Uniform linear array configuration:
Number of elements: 64
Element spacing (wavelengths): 1
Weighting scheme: hamming
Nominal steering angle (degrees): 0
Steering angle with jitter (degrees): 0.845
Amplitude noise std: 0.05
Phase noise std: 0.05

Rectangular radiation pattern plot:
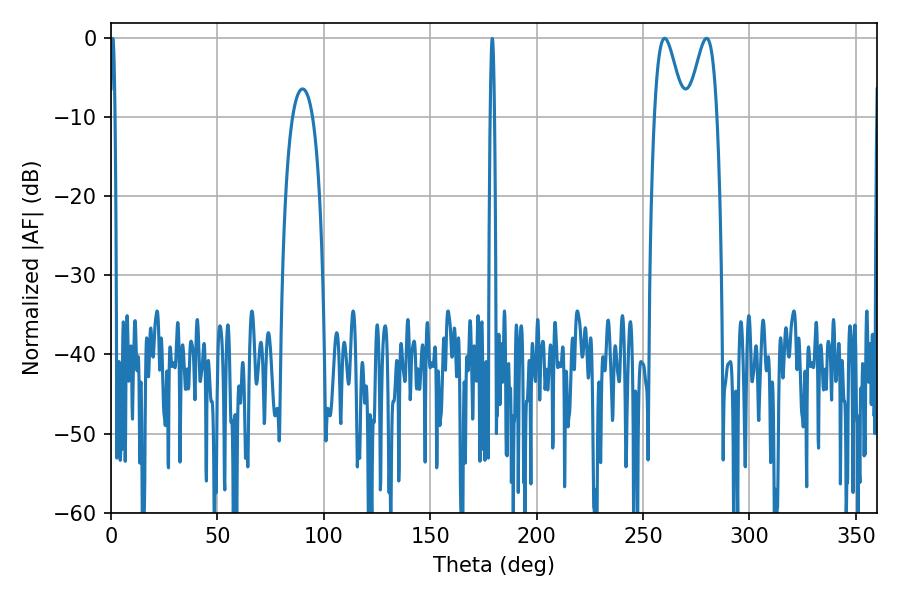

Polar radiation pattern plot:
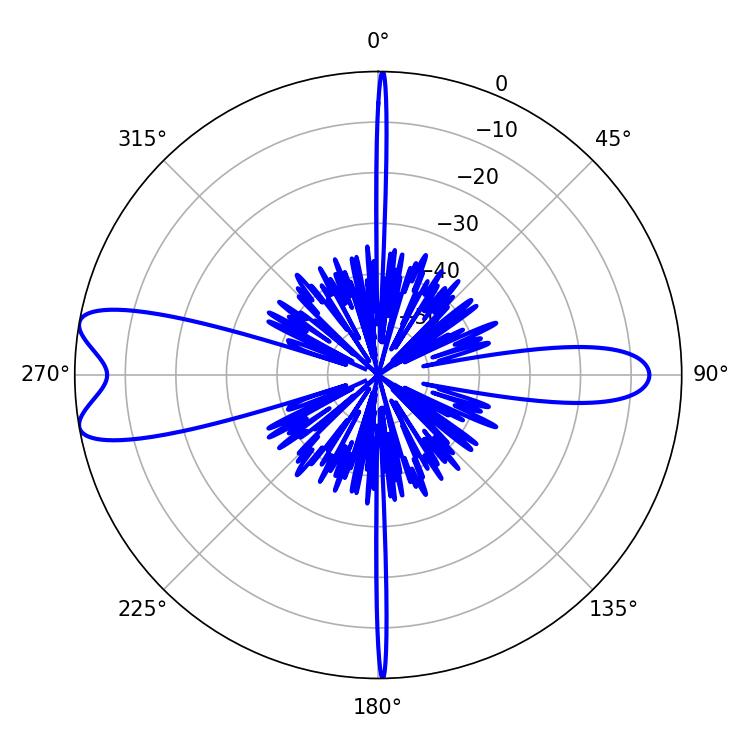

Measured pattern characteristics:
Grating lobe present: TRUE
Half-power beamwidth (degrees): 7.2
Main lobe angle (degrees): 260.1